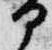
部